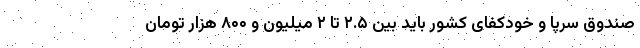
صندوق سرپا و خودکفای کشور باید بین ۲.۵ تا ۲ میلیون و ۸۰۰ هزار تومان